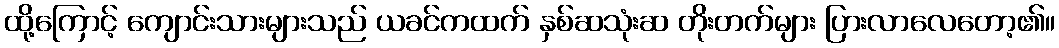
ထို့ကြောင့် ကျောင်းသားများသည် ယခင်ကထက် နှစ်ဆသုံးဆ တိုးတက်များ ပြားလာလေတော့၏။